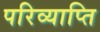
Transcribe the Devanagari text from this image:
परिव्याप्ति